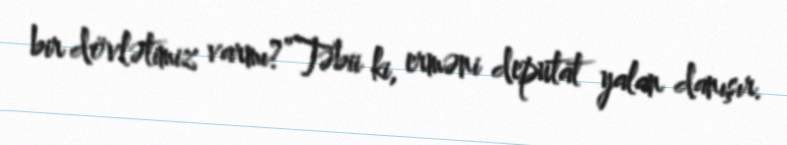
bir dövlətimiz varmı?”Təbii ki, erməni deputat yalan danışır.